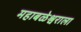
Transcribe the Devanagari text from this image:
महाबळेश्वराला